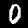
Label: 0